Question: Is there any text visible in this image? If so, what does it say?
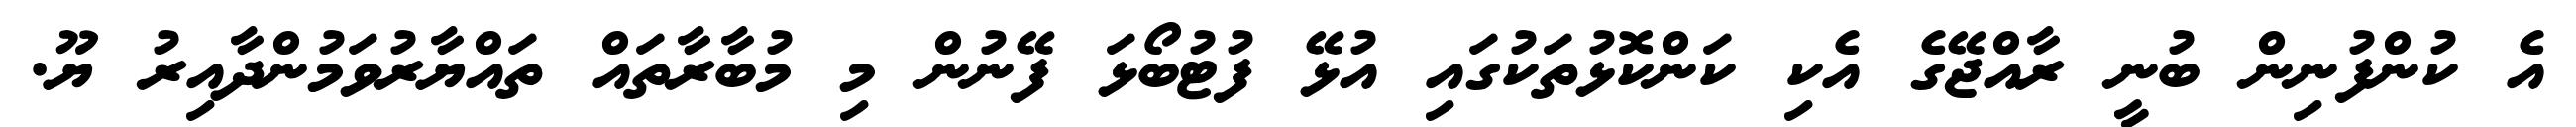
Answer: އެ ކުންފުނިން ބުނީ ރާއްޖޭގެ އެކި ކަންކޮޅުތަކުގައި އުޅޭ ފުޓުބޯޅަ ފޭނުން މި މުބާރާތައް ތައްޔާރުވަމުންދާއިރު ޔޫ.